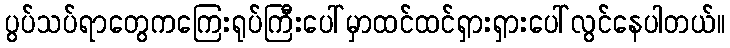
ပွပ်သပ်ရာတွေကကြေးရုပ်ကြီးပေါ်မှာထင်ထင်ရှားရှားပေါ်လွင်နေပါတယ်။